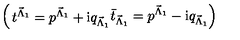
\left( \begin{matrix} { t ^ { { \vec { \Lambda } } _ { 1 } } = p ^ { { \vec { \Lambda } } _ { 1 } } + \mathrm { i } q _ { { \vec { \Lambda } } _ { 1 } } } \\ { { \bar { t } } _ { { \vec { \Lambda } } _ { 1 } } = p ^ { { \vec { \Lambda } } _ { 1 } } - \mathrm { i } q _ { { \vec { \Lambda } } _ { 1 } } } \\ \end{matrix} \right)